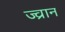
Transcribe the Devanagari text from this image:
ज्व्रान